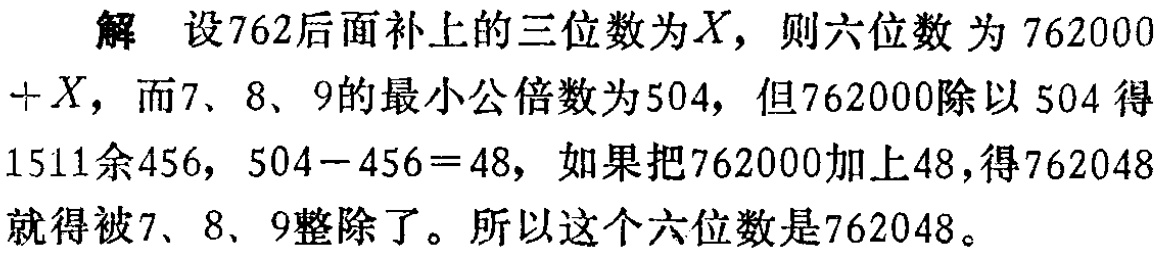
解 设762后面补上的三位数为\(X\)，则六位数 为\(762000 + X\)，而7、8、9的最小公倍数为504，但762000除以504得1511余456，\(504 - 456 = 48\)，如果把762000加上48，得762048就得被7、8、9整除了。所以这个六位数是762048。